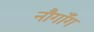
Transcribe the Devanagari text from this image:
नौगाँग